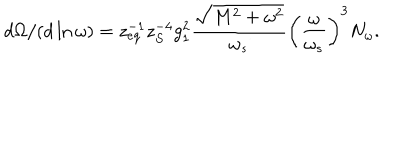
d \Omega / ( d \ln \omega ) = z _ { e q } ^ { - 1 } z _ { S } ^ { - 4 } g _ { 1 } ^ { 2 } \frac { \sqrt { M ^ { 2 } + \omega ^ { 2 } } } { \omega _ { s } } \left( \frac { \omega } { \omega _ { s } } \right) ^ { 3 } N _ { \omega } .